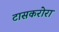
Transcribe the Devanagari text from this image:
टासकरोरा